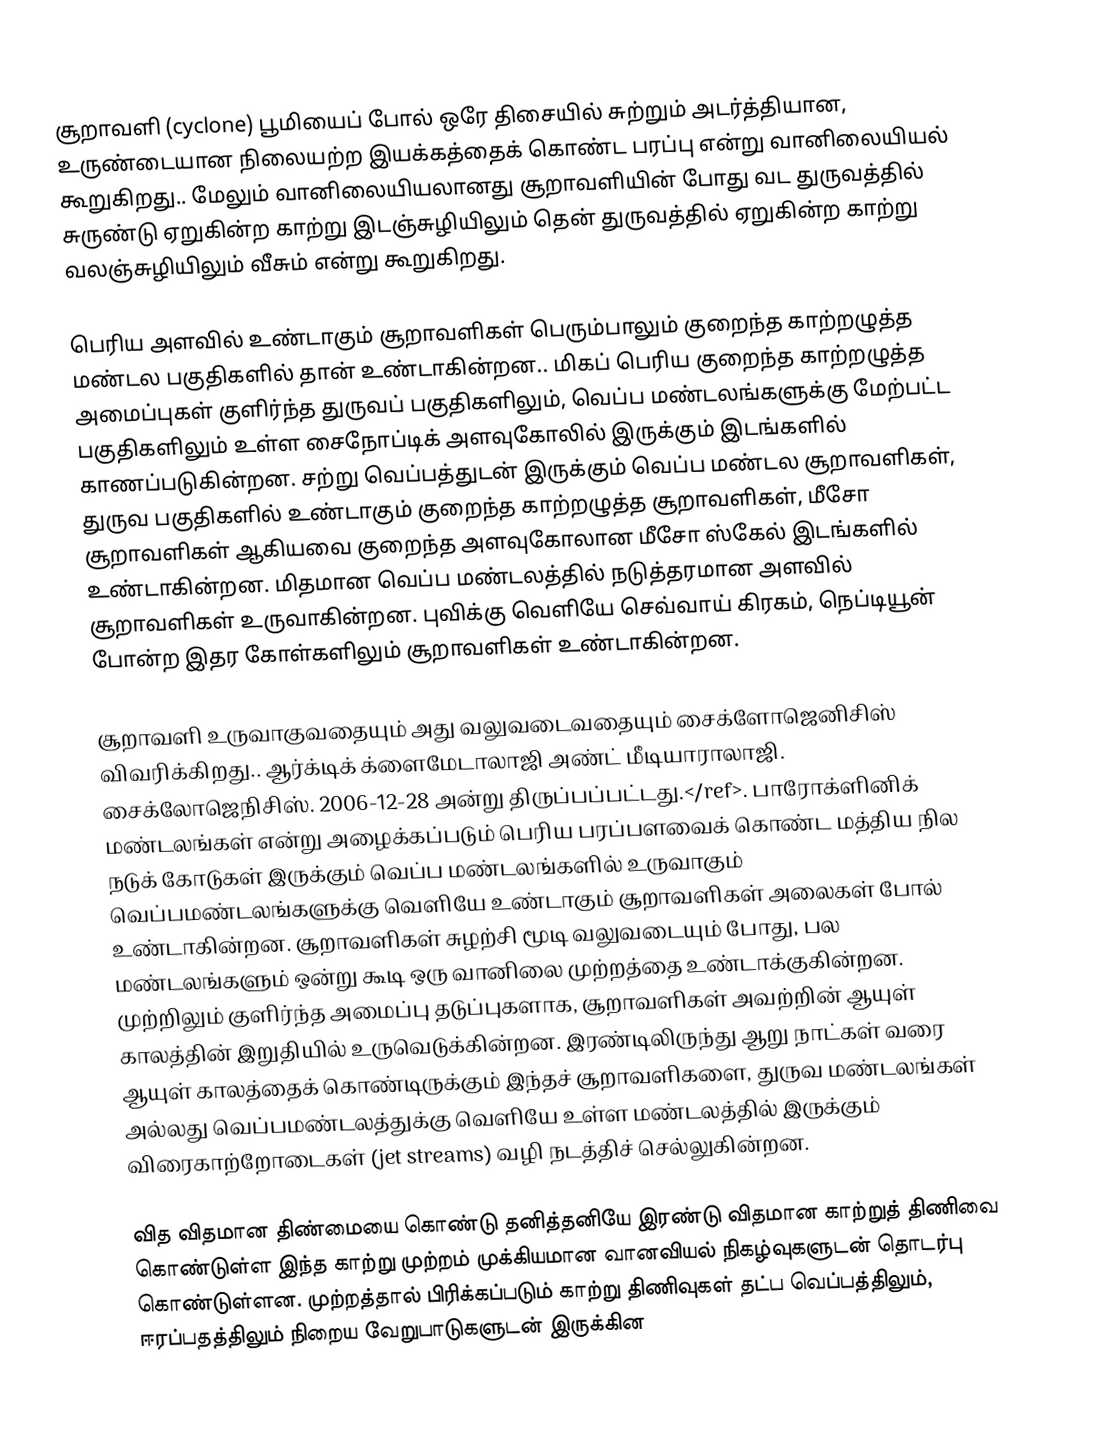
சூறாவளி (cyclone) பூமியைப் போல் ஒரே திசையில் சுற்றும் அடர்த்தியான, உருண்டையான நிலையற்ற இயக்கத்தைக் கொண்ட பரப்பு என்று வானிலையியல் கூறுகிறது.. மேலும் வானிலையியலானது சூறாவளியின் போது வட துருவத்தில் சுருண்டு ஏறுகின்ற காற்று இடஞ்சுழியிலும் தென் துருவத்தில் ஏறுகின்ற காற்று வலஞ்சுழியிலும் வீசும் என்று கூறுகிறது.

பெரிய அளவில் உண்டாகும் சூறாவளிகள் பெரும்பாலும் குறைந்த காற்றழுத்த மண்டல பகுதிகளில் தான் உண்டாகின்றன.. மிகப் பெரிய குறைந்த காற்றழுத்த அமைப்புகள் குளிர்ந்த துருவப் பகுதிகளிலும், வெப்ப மண்டலங்களுக்கு மேற்பட்ட பகுதிகளிலும் உள்ள சைநோப்டிக் அளவுகோலில் இருக்கும் இடங்களில் காணப்படுகின்றன. சற்று வெப்பத்துடன் இருக்கும் வெப்ப மண்டல சூறாவளிகள், துருவ பகுதிகளில் உண்டாகும் குறைந்த காற்றழுத்த சூறாவளிகள், மீசோ சூறாவளிகள் ஆகியவை குறைந்த அளவுகோலான மீசோ ஸ்கேல் இடங்களில் உண்டாகின்றன. மிதமான வெப்ப மண்டலத்தில் நடுத்தரமான அளவில் சூறாவளிகள் உருவாகின்றன. புவிக்கு வெளியே செவ்வாய் கிரகம், நெப்டியூன் போன்ற இதர கோள்களிலும் சூறாவளிகள் உண்டாகின்றன.

சூறாவளி உருவாகுவதையும் அது வலுவடைவதையும் சைக்ளோஜெனிசிஸ் விவரிக்கிறது.. ஆர்க்டிக் க்ளைமேடாலாஜி அண்ட் மீடியாராலாஜி. சைக்லோஜெநிசிஸ்.   2006-12-28 அன்று திருப்பப்பட்டது.</ref>. பாரோக்ளினிக் மண்டலங்கள் என்று அழைக்கப்படும் பெரிய பரப்பளவைக் கொண்ட மத்திய நில நடுக் கோடுகள் இருக்கும் வெப்ப மண்டலங்களில் உருவாகும் வெப்பமண்டலங்களுக்கு வெளியே உண்டாகும் சூறாவளிகள் அலைகள் போல் உண்டாகின்றன. சூறாவளிகள் சுழற்சி மூடி வலுவடையும் போது, பல மண்டலங்களும் ஒன்று கூடி ஒரு வானிலை முற்றத்தை உண்டாக்குகின்றன. முற்றிலும் குளிர்ந்த அமைப்பு தடுப்புகளாக, சூறாவளிகள் அவற்றின் ஆயுள் காலத்தின் இறுதியில் உருவெடுக்கின்றன. இரண்டிலிருந்து ஆறு நாட்கள் வரை ஆயுள் காலத்தைக் கொண்டிருக்கும் இந்தச் சூறாவளிகளை, துருவ மண்டலங்கள் அல்லது வெப்பமண்டலத்துக்கு வெளியே உள்ள மண்டலத்தில் இருக்கும் விரைகாற்றோடைகள் (jet streams) வழி நடத்திச் செல்லுகின்றன.

வித விதமான திண்மையை கொண்டு தனித்தனியே இரண்டு விதமான காற்றுத் திணிவை கொண்டுள்ள இந்த காற்று முற்றம் முக்கியமான வானவியல் நிகழ்வுகளுடன் தொடர்பு கொண்டுள்ளன. முற்றத்தால் பிரிக்கப்படும் காற்று திணிவுகள் தட்ப வெப்பத்திலும், ஈரப்பதத்திலும் நிறைய வேறுபாடுகளுடன் இருக்கின